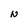
Character: N